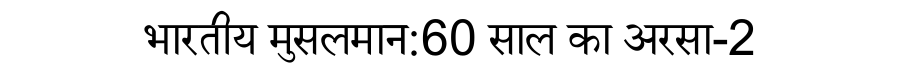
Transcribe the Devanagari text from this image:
भारतीय मुसलमान:60 साल का अरसा-2